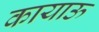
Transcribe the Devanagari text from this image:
कायाऊ